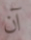
آن